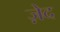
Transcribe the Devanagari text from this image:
ज़ेद